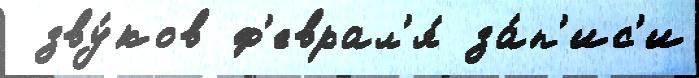
 зву́ков ф'еврал'я́ за́п'ис'и